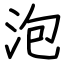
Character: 泡